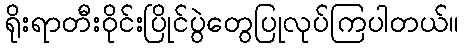
ရိုးရာတီးဝိုင်းပြိုင်ပွဲတွေပြုလုပ်ကြပါတယ်။